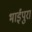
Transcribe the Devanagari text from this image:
भाईपुरा